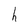
Character: h